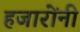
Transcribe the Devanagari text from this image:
हजारोंनी